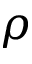
\rho